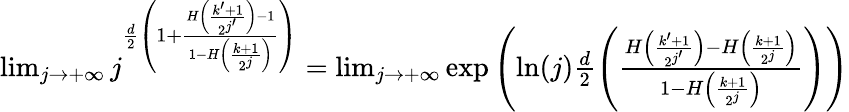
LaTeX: \begin{array}{r}{\operatorname*{lim}_{j\to+\infty}j^{\frac{d}{2}\left(1+\frac{H\left(\frac{k^{\prime}+1}{2^{j^{\prime}}}\right)-1}{1-H\left(\frac{k+1}{2^{j}}\right)}\right)}=\operatorname*{lim}_{j\to+\infty}\exp\left(\ln(j)\frac{d}{2}\left(\frac{H\left(\frac{k^{\prime}+1}{2^{j^{\prime}}}\right)-H\left(\frac{k+1}{2^{j}}\right)}{1-H\left(\frac{k+1}{2^{j}}\right)}\right)\right)}\end{array}